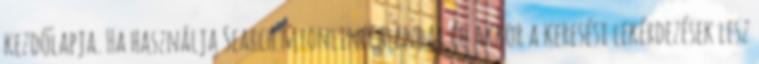
kezdőlapja. Ha használja Search.myonlinecalendar.co akkor a keresési lekérdezések lesz